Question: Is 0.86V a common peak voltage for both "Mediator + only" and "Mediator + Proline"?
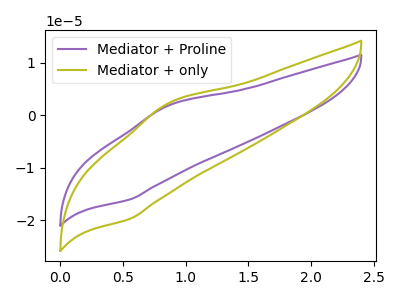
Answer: <think>The purple curve "Mediator + Proline" has an anodic peak at (0.85V, 1.85uA) and a cathodic peak at (0.55V, -16.05uA). The olive curve "Mediator + only" has an anodic peak at (0.85V, 2.30uA) and a cathodic peak at (0.55V, -19.75uA).</think>
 <answer>Yes, "Mediator + only" and "Mediator + Proline" share a peak at 0.86V.</answer>
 <eval>match</eval>